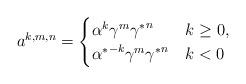
LaTeX: \begin{align*}a^{k,m,n}=\begin{cases}\alpha^k\gamma^m{\gamma^*}^n&k\geq{0},\\{\alpha^*}^{-k}\gamma^m{\gamma^*}^n&k<0\end{cases}\end{align*}